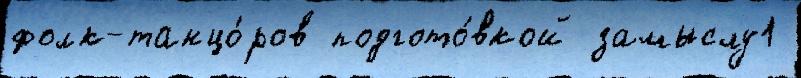
фолк-танцо́ров подгото́вкой замыслу1